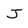
Character: J